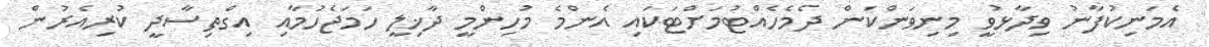
އެމަނިކުފާނު ވިދާޅުވީ މިނިވަންކަން ދެމެހެއްޓުމަށްޓަކައި އެންމެ މުހިންމީ ދާޚިލީ ހަމަޖެހުމާއި އިގްތިސާދީ ކުރިއެރުން